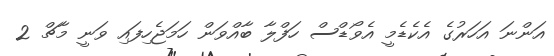
އަންނަ އަހަރުގެ އެކެޑެމީ އެވޯޑްސް ހަފްލާ ބާއްވަން ހަމަޖެހިފައި ވަނީ މާޗް 2